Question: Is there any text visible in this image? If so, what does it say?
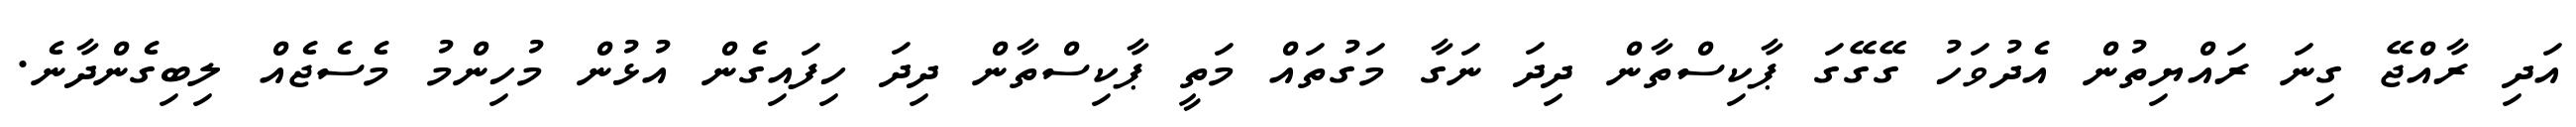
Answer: އަދި ރާއްޖޭ ގިނަ ރައްޔިތުން އެދުވަހު ގޭގޭގަ ޕާކިސްތާން ދިދަ ނަގާ މަގުތައް މަތީ ޕާކިސްތާން ދިދަ ހިފައިގެން އުޅުން މުހިންމު މެސެޖެއް ލިބިގެންދާނެ.